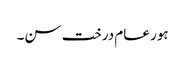
ہور عام درخت سن۔